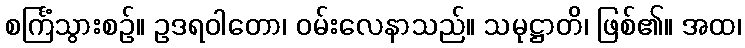
စင်္ကြံသွားစဉ်။ ဥဒရဝါတော၊ ဝမ်းလေနာသည်။ သမုဋ္ဌာတိ၊ ဖြစ်၏။ အထ၊